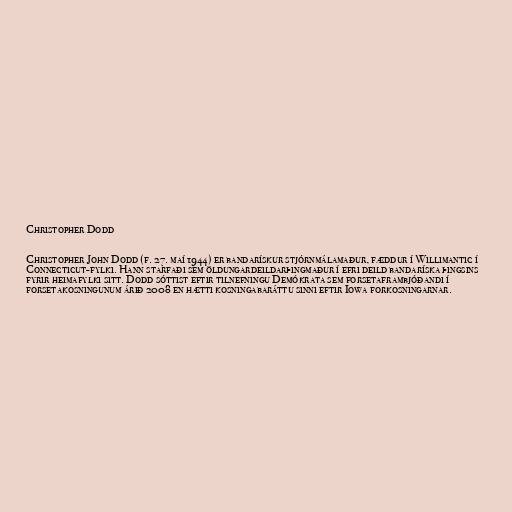
Christopher Dodd

Christopher John Dodd (f. 27. maí 1944) er bandarískur stjórnmálamaður, fæddur í Willimantic í
Connecticut-fylki. Hann starfaði sem öldungardeildarþingmaður í efri deild bandaríska þingsins
fyrir heimafylki sitt. Dodd sóttist eftir tilnefningu Demókrata sem forsetaframbjóðandi í
forsetakosningunum árið 2008 en hætti kosningabaráttu sinni eftir Iowa forkosningarnar.